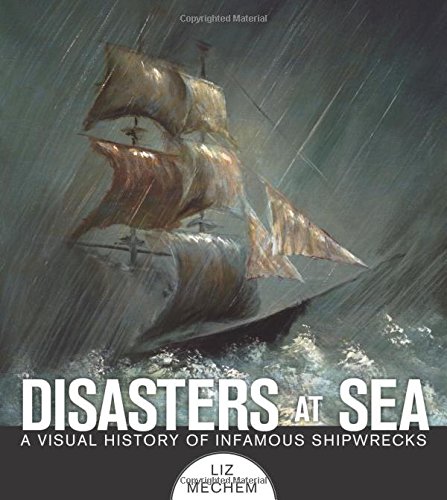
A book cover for Disasters at Sea: A Visual History of Infamous Shipwrecks; Liz Mechem; Arts & Photography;